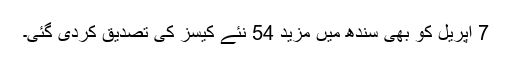
7 اپریل کو بھی سندھ میں مزید 54 نئے کیسز کی تصدیق کردی گئی۔